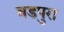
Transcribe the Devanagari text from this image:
बडपुरा